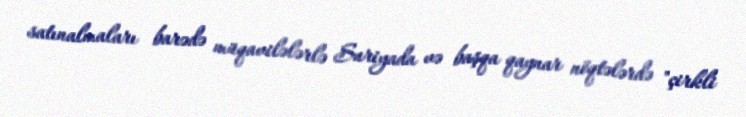
satınalmaları barədə müqavilələrlə Suriyada və başqa qaynar nöqtələrdə "çirkli